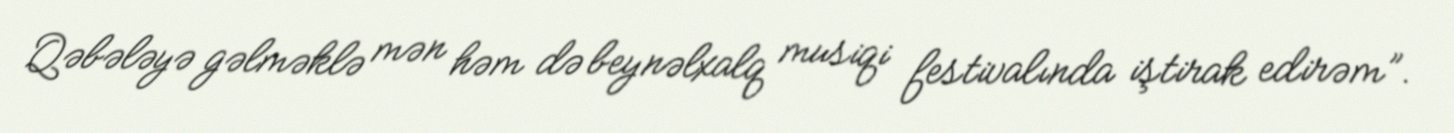
Qəbələyə gəlməklə mən həm də beynəlxalq musiqi festivalında iştirak edirəm”.